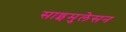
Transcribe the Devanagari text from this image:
साइमुलेसन